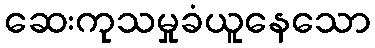
ဆေးကုသမှုခံယူနေသော